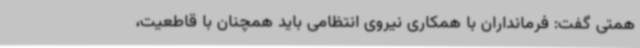
همتی گفت: فرمانداران با همکاری نیروی انتظامی باید همچنان با قاطعیت،